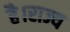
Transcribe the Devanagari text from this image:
है।राज्य